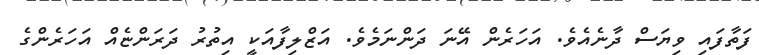
ފަތާފައި ވިޔަސް ދާނެއެވެ. އަހަރެން އޭނަ ދަންނަމެވެ. އަޒްލިފާއަކީ އިތުރު ދަރަންޏެއް އަހަރެންގެ